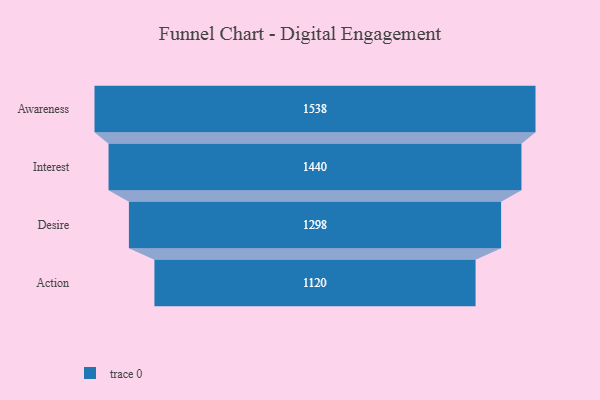
{"axis": {"x": "Stage", "y": "Value"}, "legend": [""], "data": [{"x": "Awareness", "y": 1538.0, "type": ""}, {"x": "Interest", "y": 1440.0, "type": ""}, {"x": "Desire", "y": 1298.0, "type": ""}, {"x": "Action", "y": 1120.0, "type": ""}]}